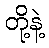
တို့နဲ့